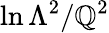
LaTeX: \ln\Lambda^{2}/\mathbb{Q}^{2}